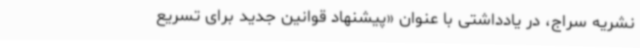
نشریه سراج، در یادداشتی با عنوان «پیشنهاد قوانین جدید برای تسریع